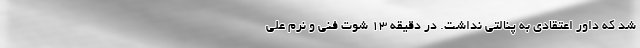
شد که داور اعتقادی به پنالتی نداشت. در دقیقه ۱۳ شوت فنی و نرم علی